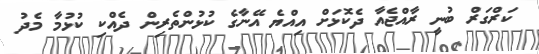
ކަރްގަރް ބުނީ ރާއްޖެއާ ދެކޮޅަށް އިއްޔެ އޭނާގެ ކުޅުންތެރިން ދެއްކި ކުޅުމާ މެދު